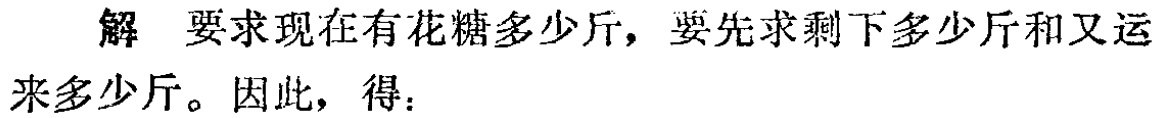
解 要求现在有花糖多少斤，要先求剩下多少斤和又运来多少斤。因此，得：